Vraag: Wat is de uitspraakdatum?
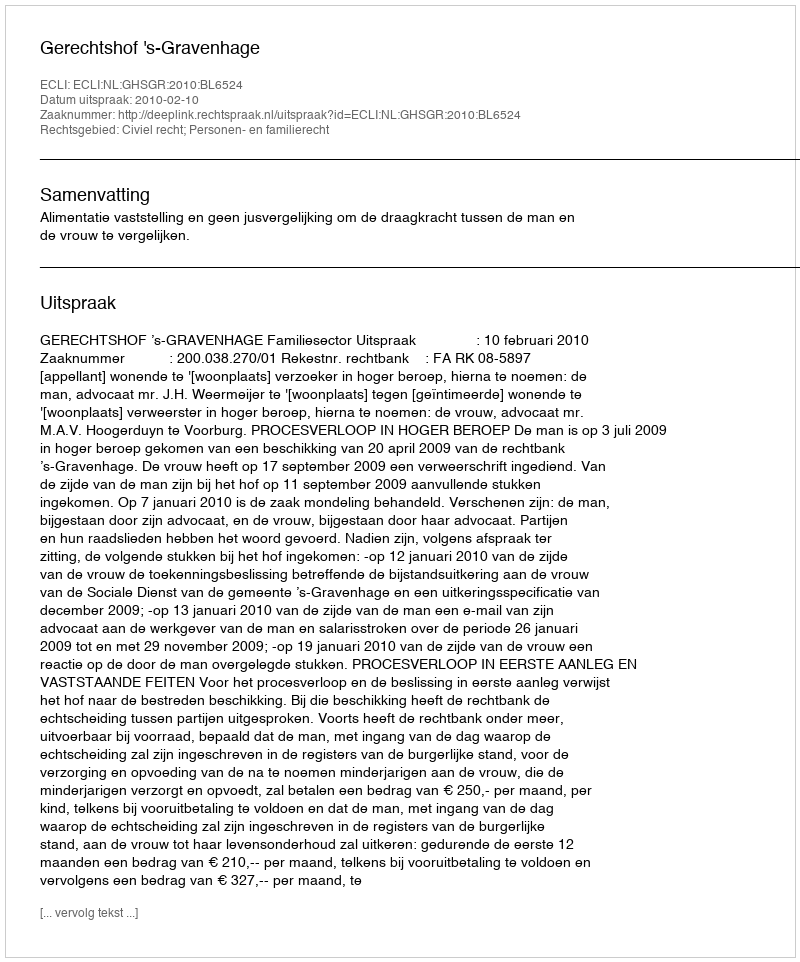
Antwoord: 2010-02-10